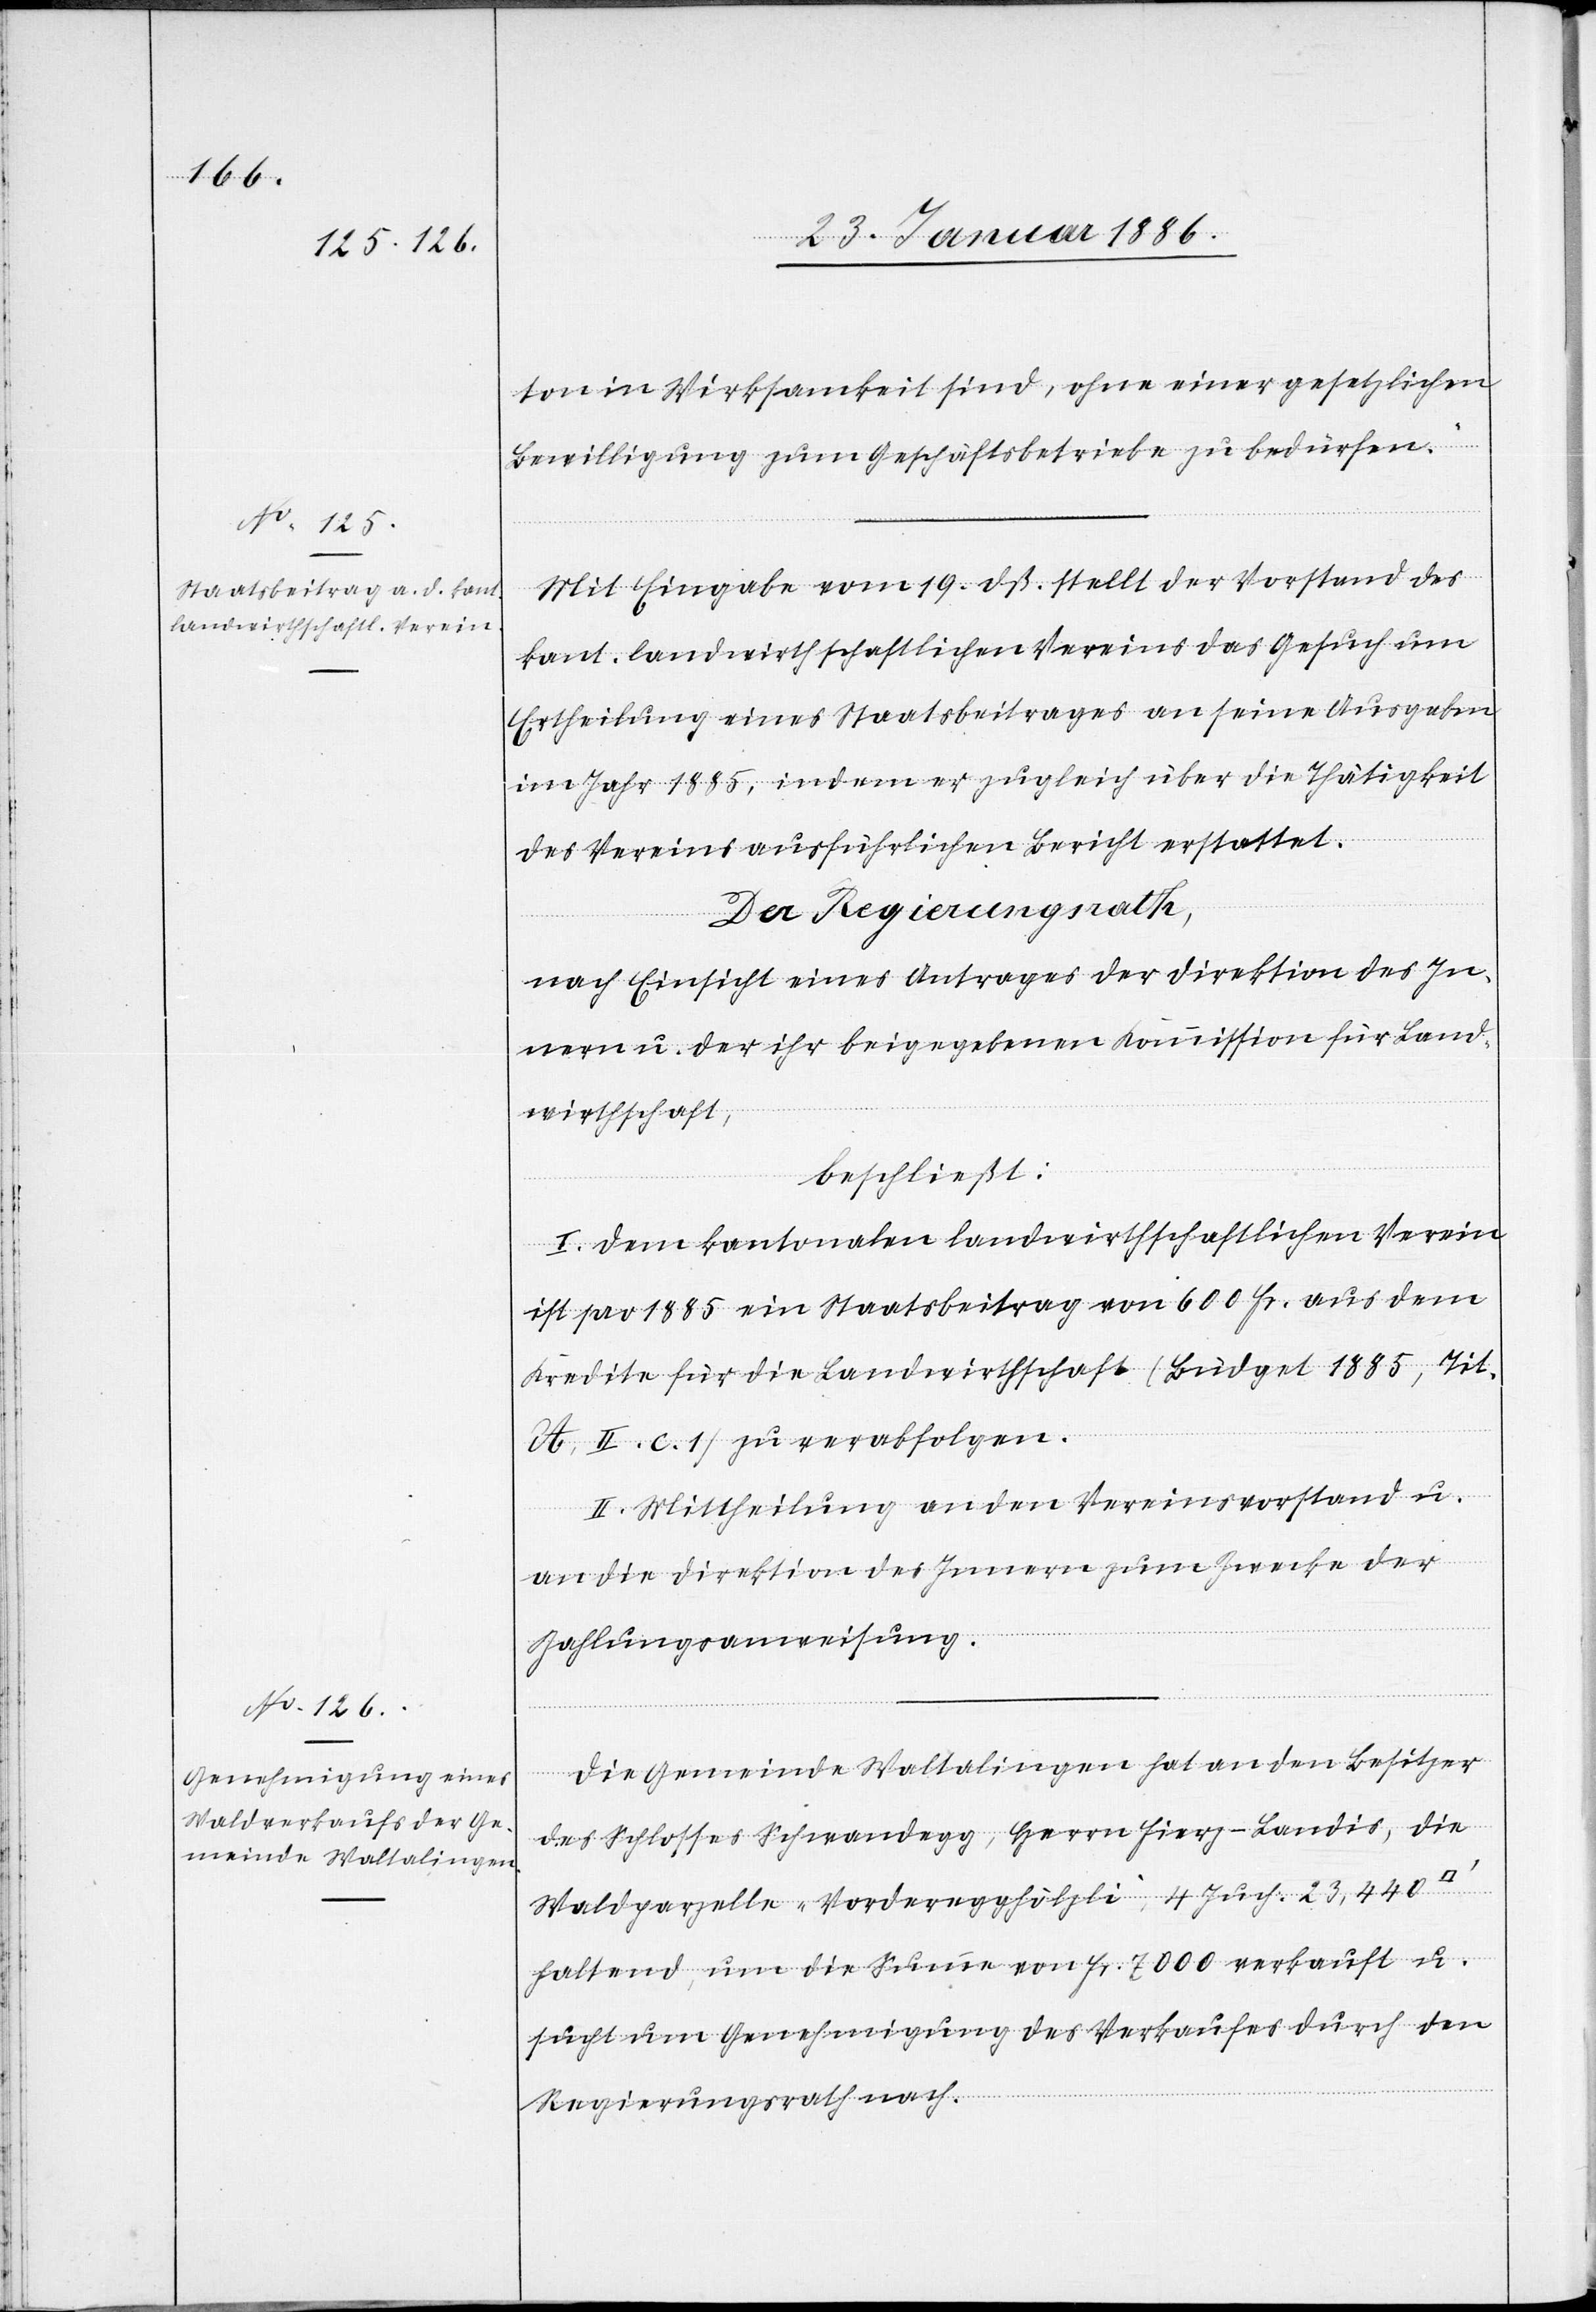
ton in Wirksamkeit sind, ohne einer gesetzlichen
Bewilligung zum Geschäftsbetriebe zu bedürfen.“
Mit Eingabe vom 19. dß. stellt der Vorstand des
kant. landwirthschaftlichen Vereins das Gesuch um
Ertheilung eines Staatsbeitrages an seine Ausgaben
im Jahr 1885, indem er zugleich über die Thätigkeit
des Vereins ausführlichen Bericht erstattet.
Der Regierungsrath,
nach Einsicht eines Antrages der Direktion des In¬
nern u. der ihr beigegebenen Kommission für Land¬
wirthschaft,
beschließt:
I. Dem kantonalen landwirthschaftlichen Verein
ist pro 1885 ein Staatsbeitrag von 600 Fr. aus dem
Kredite für die Landwirthschaft (Budget 1885, Tit.
A. II. c 1) zu verabfolgen.
II. Mittheilung an den Vereinsvorstand u.
an die Direktion des Innern zum Zwecke der
Zahlungsanweisung.
Die Gemeinde Waltalingen hat an den Besitzer
des Schlosses Schwandegg, Herrn Fierz-Landis, die
Waldparzelle „Vorderegghölzli“, 4 Juch. 23,440
haltend, um die Summe von Fr. 7000 verkauft u.
sucht um Genehmigung des Verkaufes durch den
Regierungsrath nach.